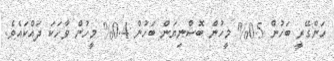
ހަންގޭރީ ބަހުން 0.5% މީހުން ބޮސްނިޔަން ބަހުން 0.4% މީހުން ވާހަކަ ދައްކައެވެ.